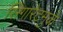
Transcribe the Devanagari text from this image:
सिगारेटमुळे